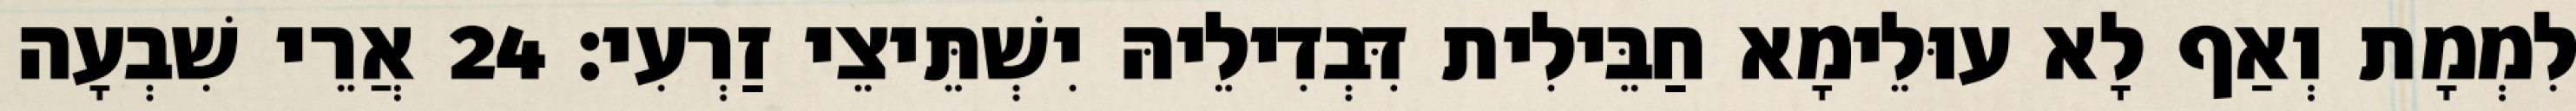
לִמְמָת וְאַף לָא עוּלֵימָא חַבֵּילִית דִּבְדִילֵיהּ יִשְׁתֵּיצֵי זַרְעִי׃ 24 אֲרֵי שִׁבְעָה